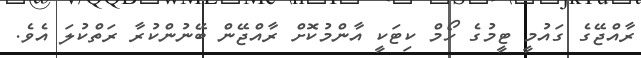
ރާއްޖޭގެ ގައުމީ ޓީމުގެ ހޯމް ކިޓަކީ އާންމުކޮށް ރާއްޖޭން ބޭނުންކުރާ ރަތްކުލަ އެވެ.